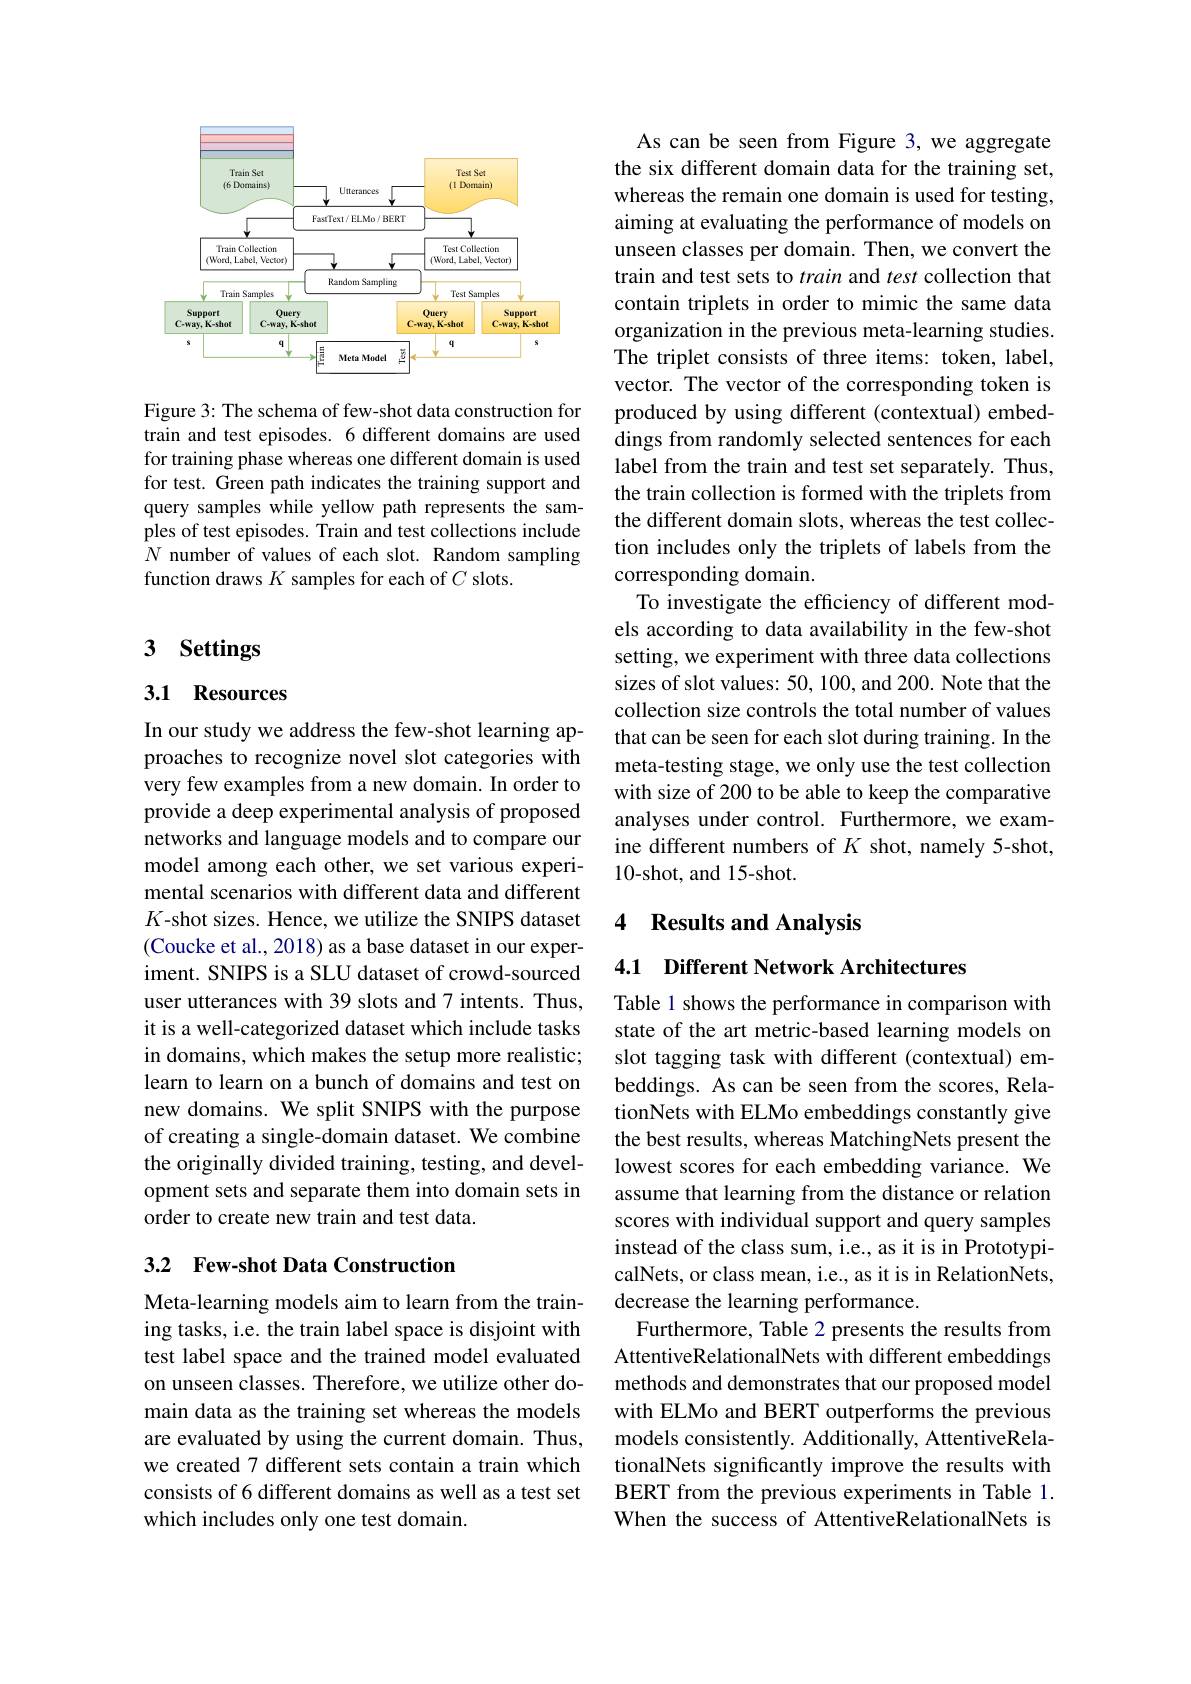
<FigureHere>

Figure 3: The schema of few-shot data construction for train and test episodes. 6 different domains are used for training phase whereas one different domain is used for test. Green path indicates the training support and query samples while yellow path represents the samples of test episodes. Train and test collections include $N$ number of values of each slot. Random sampling function draws $K$ samples for each of $C$ slots.

# 3 Settings

## 3.1 Resources

In our study we address the few-shot learning approaches to recognize novel slot categories with very few examples from a new domain. In order to provide a deep experimental analysis of proposed networks and language models and to compare our model among each other, we set various experimental scenarios with different data and different $K$-shot sizes. Hence, we utilize the SNIPS dataset (Coucke et al., 2018) as a base dataset in our experiment. SNIPS is a SLU dataset of crowd-sourced user utterances with 39 slots and 7 intents. Thus, it is a well-categorized dataset which include tasks in domains, which makes the setup more realistic; learn to learn on a bunch of domains and test on new domains. We split SNIPS with the purpose of creating a single-domain dataset. We combine the originally divided training, testing, and development sets and separate them into domain sets in order to create new train and test data.

## 3.2 Few-shot Data Construction

Meta-learning models aim to learn from the training tasks, i.e. the train label space is disjoint with test label space and the trained model evaluated on unseen classes. Therefore, we utilize other domain data as the training set whereas the models are evaluated by using the current domain. Thus, we created 7 different sets contain a train which consists of 6 different domains as well as a test set which includes only one test domain.

As can be seen from Figure 3, we aggregate the six different domain data for the training set, whereas the remain one domain is used for testing, aiming at evaluating the performance of models on unseen classes per domain. Then, we convert the train and test sets to train and test collection that contain triplets in order to mimic the same data organization in the previous meta-learning studies. The triplet consists of three items: token, label, vector. The vector of the corresponding token is produced by using different (contextual) embeddings from randomly selected sentences for each label from the train and test set separately. Thus, the train collection is formed with the triplets from the different domain slots, whereas the test collection includes only the triplets of labels from the corresponding domain.
To investigate the efficiency of different models according to data availability in the few-shot setting, we experiment with three data collections sizes of slot values: 50, 100, and 200. Note that the collection size controls the total number of values that can be seen for each slot during training. In the meta-testing stage, we only use the test collection with size of 200 to be able to keep the comparative analyses under control. Furthermore, we examine different numbers of $K$ shot, namely 5-shot, 10-shot, and 15-shot.

### 4 Results and Analysis

4.1 Different Network Architectures

Table 1 shows the performance in comparison with state of the art metric-based learning models on slot tagging task with different (contextual) embeddings. As can be seen from the scores, RelationNets with ELMo embeddings constantly give the best results, whereas MatchingNets present the lowest scores for each embedding variance. We assume that learning from the distance or relation scores with individual support and query samples instead of the class sum, i.e., as it is in PrototypicalNets, or class mean, i.e., as it is in RelationNets, decrease the learning performance.
Furthermore, Table 2 presents the results from AttentiveRelationalNets with different embeddings methods and demonstrates that our proposed model with ELMo and BERT outperforms the previous models consistently. Additionally, AttentiveRelationalNets significantly improve the results with BERT from the previous experiments in Table 1. When the success of AttentiveRelationalNets is